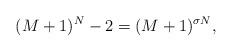
LaTeX: \begin{align*}(M+1)^N-2=(M+1)^{\sigma N},\end{align*}